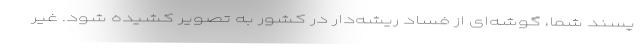
پسند شما، گوشه‌ای از فساد ریشه‌دار در کشور به تصویر کشیده شود. غیر